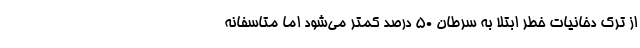
از ترک دخانیات خطر ابتلا به سرطان ۵۰ درصد کمتر می‌شود اما متاسفانه